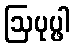
ဩပုပ္ဖါ